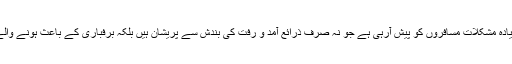
سرد موسم کی وجہ سے سب سے زیادہ مشکلات مسافروں کو پیش آرہی ہے جو نہ صرف ذرائع آمد و رفت کی بندش سے پریشان ہیں بلکہ برفباری کے باعث ہونے والے حادثات سے بھی محفوظ نہیں ہیں۔